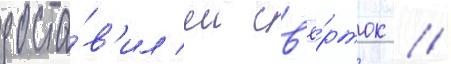
доста́в'ил еи св'ё́рток /